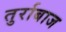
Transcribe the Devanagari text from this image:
तुर्राबाज